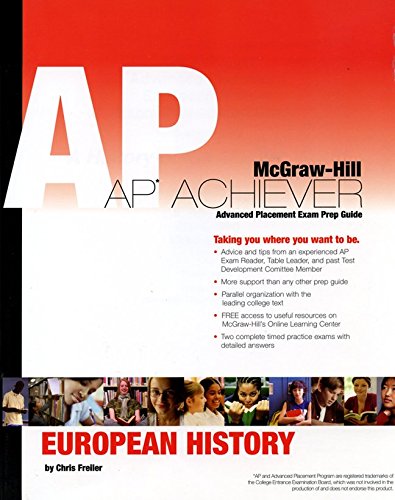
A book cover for AP Achiever Advanced Placement Exam Prep Guide: European History; Chris Freiler; Test Preparation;